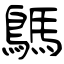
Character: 鷌